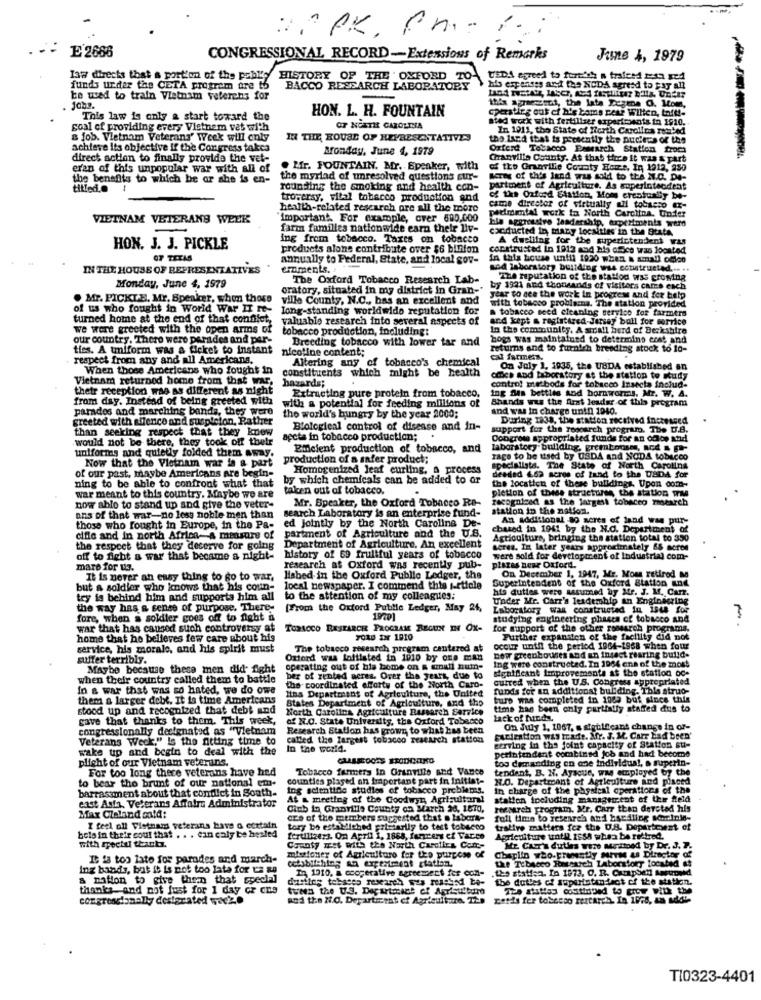
E 2686
CONGRESSIONAL RECORD-Extensions of Remarks
June 4, 1979
law directs that a portion of the pablo
HISTORY OF THE OXFORD TO-
TEDA agreed to furth! a traferd 2:12 xed
funds under the CETA program ore to
BACCO RESEARCH LABORATORY
his erp mises and the NODA agreed to Fay All
ke wad to train Vietnam veterans for
HON. L. H. FOUNTAIN
cpersting out of his boms rear Wilten, tatt !-
this apmessut, the lata Degene O. Mom,
This law is only & start toward the
ated work with fertilizer experiments in 1910.
goal of providing every Vietnam vet with
OF NORTH CAROLINA
In 1911, the State of North Carolina rented
a job. Vietnam Veterans' Week will only
IN THE HOUSE OF HEPRESENTATIVES
the land that is presently the pudiera of the
achieve its objective if the Congress takca
Monday, June 4, 1979
Breearch Station troca
direct action to finally provide the vet-
Chanvilla County. As that there it was a part
eran of this unpopular war with all of
. Mfr. FOUNTAIN. Mr. Speaker, with
the benefits to which he or she is en-
the myriad of unresolved questions sur-
1 sold to the II.C. DA-
titled.@
rounding the smoking and health con-
partment of Agriculture. As superintendent
tropersy, vital tobacco production and
of the Oxford Station, Moms creatualy be-
health-related research ore all the more
came director of virtually all tobacco ex-
VIETNAM VETERANS WEEK
important. For example, over 600,000
pedmetal work to North Carolina. Under
farm familles nationwide earn their liv-
hla aggressive leadership,
cocducted in mary localttes' in the State
ing from tobacco. Taxes on tobacco
A dwelling for the superintendent was
HON. J. J. PICKLE
products alone contribute over $6 billion
construsted in 1912 and his office was Joontod
OF TEXAS
annually to Federal, State, and local gov-
in this house until 1920 when a small odico
IN THE HOUSE OF REPRESENTATIVES
eraments.
wod laboratory building was ectitrusted ... ..
The Oxford Tobacco Research Lab-
120 reputation of the staffod was growing
Monday, June 4, 1979
oratory, situated in my district in Gran-"
by 1921 and thousands of visitors came each
. Mr. PICKLE, Mr. Speaker, whom those
ville County, N.C ., has an excellent and
year to see the work in progress and for help
of us who fought in World War II re-
long-standing worldwide reputation for
with tobacco problamna, The station provided
a tobacco seed cleaning service for farmers
turned home at the end of that confilet,
valuable research into several aspects of
and kept a registered Jersey boll for service
we were greeted with the open arms of tobacco production, including:
In the community. A small herd of Berkshire
our country. There were parades and per-
Breeding tobacco with lower tar and
bogs was maintained to determins cost and
ties. A umiform was a ticket to instant
nicotine content;
returns and to furnish breeding stock to lo-
respect from any and all Americans.
Altering any of tobacco's chemical
cal farmers.
When those Americans who fought in
constituents which might be health
On July 1, 1935, the USDA established an
Vietnam returned home from that war.
omcs And Laboratory at the station to study
their reception was as different as night
hazards;
control methods for tobacco Insecta inolud-
from day. Instead of being greeted with
with a potential for feeding millions of
Extracting pure protein from tobacco.
ing Sts bettles and hornworms, Mz. W. A.
Shands was the Arat leader of this program
parades and marching bands, they were
and was in charge unin 1940.
greeted with affence and suspicion, Rather
tho world's hungry by the year 2000;
During 1938, the station received Increased
than seeking respect that they know
Biological control of disease and in-
support for the zoooarch program. The U.S.
would not be there, they took off thetr
accts in tobacco production ;.
Congress appropriated funds for an ofloe and
uniforins and quietly folded them away.
Einelent production of tobacco, and
laboratory buliding, grembouses, and a -
Now that the Vietnam war is a part
production of a safer product;
rage to be used by USDA and NODA tobacco
of our past, maybe Americans are begin-
Homogenized leaf curling, a process
specialista. The State of North Carolina
ning to be able to confront what that
by which chemicals can be added to ar
desded 463 acres of land to the USDA for
the location of these buildings, Upon com-
taken out of tobacco.
pletion of these structures the station wal
war meant to this country. Maybe we are
Mr. Speaker, the Oxford Tobacco Re-
recognized as the largest tobacco misearch
now able to stand up and give the veter-
search Laboratory is an enterprise fund-
station in the netSom.
ons of that war-no less noble men than
An additional 80 acres of land was pur-
those who fought in Europe, in the Pa-
ed Jointly by the North Carolina De-
partment of Agriculture and the U.S.
chased in 1941 by the N.C. Department of
cifle and in north Africa-A measure of
Agriculture, bringing the station total to 350
the respeet that they deserve for going
Department of Agriculture. An excellent
seres. In later years approximately 68 acres
off to fight a war that became a night-
history of 69 fruitful years of tobacco
were sold for development of Industrial com-
mare for us.
research at Oxford was recently pub-
plazas near Oxford.
It is never an easy thing to go to war,
Hisbed in the Oxford Public Ledger, the
Superintendent of the Oxford Station and
On December 1, 1947, Mr. Moms retired MM
but a soldier who knows that his coun-
local newspaper. I commend this s-rticle
his duties were assumed by Mr. J. M. Carz.
try is behind him and supports him all
to the attention of my colleagues:
Under Mr. Carr's lesdemhip an Engineering
the way has a sense of purpose. There-
[From the Oxford Public Ledger, May 24,
Laboratory was constructed in 1948 for
fore, when a soldier goes off to fight a
studying engineering phases of tobacco and
war that has caused such controversy at
TOBACCO RESEARCH PROGRAME REGUN IN OX-
for support of the other research programs.
home that he believes few care about his
FORD ar 1910
Further expansion of the facility did not
service, his morale, and his spirit must
The tobacco research program cantered at
occur unth the period 1964-1968 when fotu
suffer terribly.
Oxford was laftlsted in 1010 by one man
new greenhouses and an insect rearing build-
Ing were constructed. In 1964 cna of the most
Maybe because these men did- fight
operating out of his home on a cznall num-
deaffleant Improvements at the station oc-
when their country called them to battle
ber of rented acres. Over the years, due to
sutred when the U.S. Congress appropriated
In a war that was so hated, we do owe
lina Department of Agriculture, the United
the coordinated efforts of the North Caro-
funds for an additional buliding. This struo-
them a larger debt. It is time Americans
States Department of Agriculture, and tho
turo was completed in 1967 buf Mince this
stood up and recognized that debt and
North Carolina Agriculture Research Service
time has been only partially staffed dus to
gave that thanks to them. This week,
af N.O. State University, the Oxford Tobacco
lack of funds
congressionally designated as "Vietnam
Research Station has grown to what has been
On July 1. 1067, a sigtlfcant change in or-
Veterans Weck," is the fitting time to
called the largest tobacco research station
Farization wis trade. Afr. J. M. Carr bad been'
serving in the joint capacity of Station su-
wake up and begin to deal with the
In the world.
perintendant combined job and had become
too demanding on one individual, a superin-
plicht of our Vietnam veterans.
Tobacco farmers in Granville and Vance
tendent, B. N. Aysque, was employed by the
to bear the brunt of our national em-
For too long there veterans have hed
counties played an important part in initiat-
N.O. Department of Agriculture and piseed
barrasument about that conflict in South-
ing scientide studies of tobacco problems.
in charge of the physical operations of the
east Asia. Veterans Affairs Administrator
At & meeting of the Goodwyn Agricultural
station including management of the feld
Cinb in Granville County on March 24, 1670,
reemarch program, Mr. Carr than devoted his
Max Claland oatd:
crs of the members suggested that o labork-
full time to research and bsedling serinle-
I feel ofl Vietnam veterans have o certain
tory be established primarily to test tobacco
tralive matters fea the U.S. Department of
bole in their coul that . . . can caly be hested
ferultzezs. On April 1, 1868, fencers ef Tacco
Agriculture tntl 1958 when be rettred.
with arectu thankz.
County wet with the North Carolina Cont-
ME. Cur's duties were Mitted by Dr. J. 7.
It is too late for parades and march-
missioner of Agriculture for the purpose of
celabitching an experiment station.
Chaplin who.presently surras as Director of
the Tobacco Research Laboratory tocated es
Ing bands, bat it is not too late for us an
In 1910, a cooperative agreement fer con-
.the station. In 1973, O. R. CarapSed Antuonid
a nation to give then that special
dusitog tebases research was reached be-
the duties of superinten dect of the station.
thanks and not just for 1 day or cus
tween the U.S. Department of Agriculture
az8 atatlas costiapsed to grow with the
congressionally desigrated wecke
and the N.O. Department of Agriculture. 129
zetis fer tosecco rertarch. In 1978, an uddi-
TI0323-4401